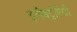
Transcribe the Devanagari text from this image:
इलैक्ट्रोपैथी